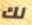
لك